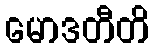
မောဒတီတိ